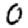
Digit: 0